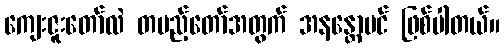
ကျေးဇူးတော်လဲ တပည့်တော်အတွက် အနန္တောပင် ဖြစ်ပါတယ်။